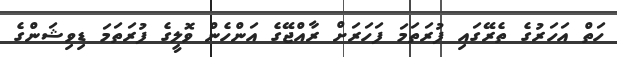
ހަތް އަހަރުގެ ތެރޭގައި ފުރަތަމަ ފަހަރަށް ރާއްޖޭގެ އަންހެން ވޮލީގެ ފުރަތަމަ ޑިވިޝަންގެ